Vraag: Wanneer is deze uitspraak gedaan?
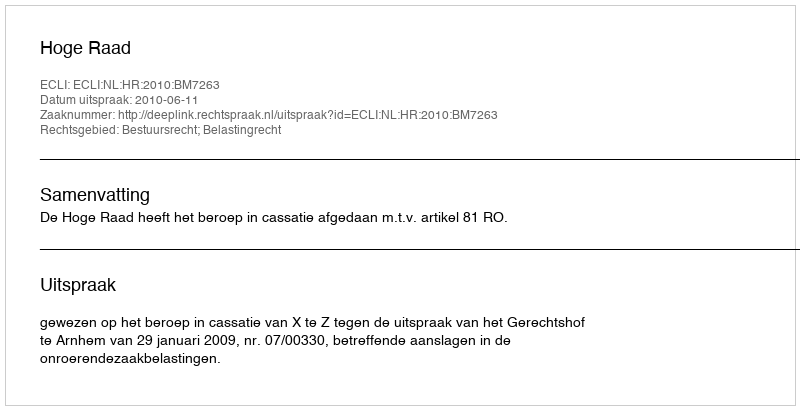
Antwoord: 2010-06-11